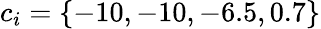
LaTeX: c_{i}=\{ -10,-10,-6.5,0.7\}